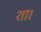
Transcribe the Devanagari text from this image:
शा।